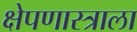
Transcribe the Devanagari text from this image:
क्षेपणास्त्राला